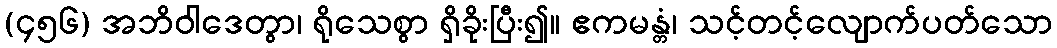
(၄၅၆) အဘိဝါဒေတွာ၊ ရိုသေစွာ ရှိခိုးပြီး၍။ ဧကမန္တံ၊ သင့်တင့်လျောက်ပတ်သော